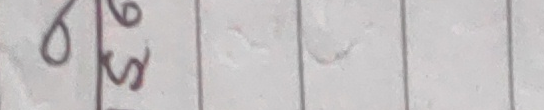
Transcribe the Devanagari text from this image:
७
५